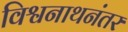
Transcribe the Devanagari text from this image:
विश्वनाथनंतर